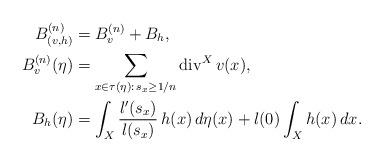
LaTeX: \begin{align*} B^{(n)}_{(v,h)}&=B^{(n)}_v+B_h,\\ B^{(n)}_v(\eta)&=\sum_{x\in\tau(\eta):\, s_x\ge1/n}\operatorname{div}^X v(x),\\ B_h(\eta)&=\int_X \frac{l'(s_x)}{l(s_x)}\, h(x)\,d\eta(x)+l(0)\int_X h(x)\,dx . \end{align*}